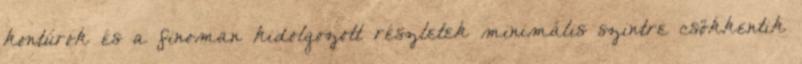
kontúrok és a finoman kidolgozott részletek minimális szintre csökkentik